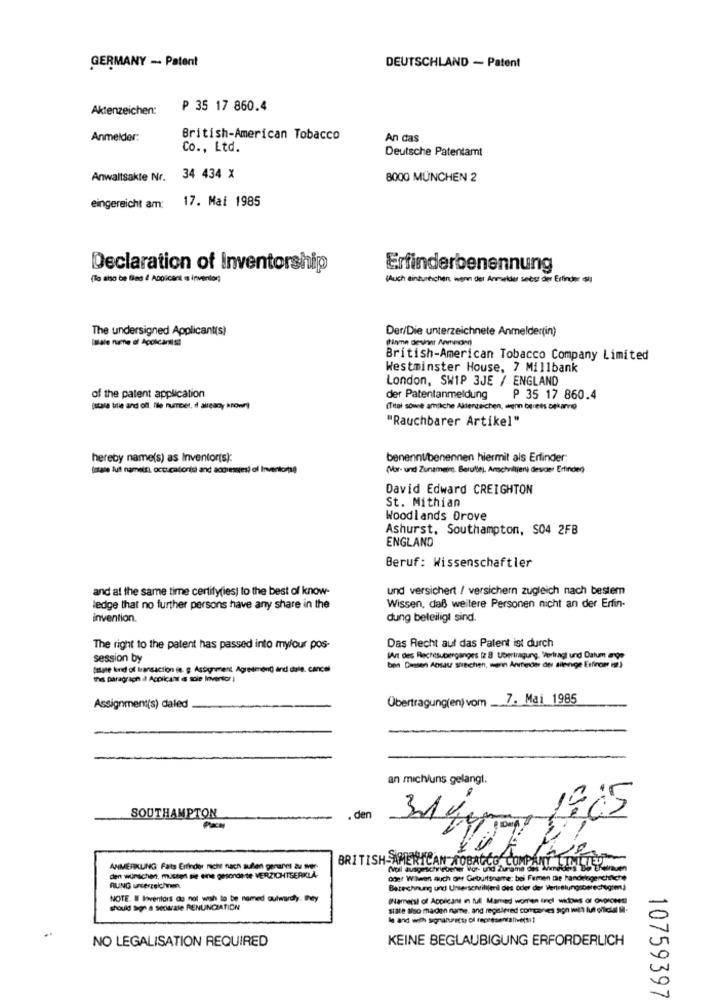
GERMANY - Patent
DEUTSCHLAND - Patent
Aktenzeichen:
₱ 35 17 860.4
Anmelder:
British-American Tobacco
An das
Co ., Ltd.
Deutsche Patentamt
Anwaltsakte Nr.
34 434 X
8000 MÜNCHEN 2
17. Mai 1985
eingereicht am:
Declaration of Inventorship
Erfinderbenennung
(lo also be Bed & Apoicant e invenlor)
(Auch einzureichen, wenn der Anmelder seès der Erfinder i)
The undersigned Applicant(s)
Der/Die unterzeichnete Anmelder(in)
Imale numne of Applicanti si
iflame destint Ammessa)
British-American Tobacco Company Limited
Westminster House, 7 Millbank
London, SWIP 3JE / ENGLAND
of the patent application
der Patentanmeldung
P 35 17 860.4
pstale tillie and off, lile number, d already known)
(Titel sowie amiche Aktenzeichen, wem berets bekarno
"Rauchbarer Artikel"
hereby name(s) as Inventor(s):
benennubenennen hiermit als Erfinder:
totale lul nameis), occupationisi and acdiemies) of Inventors)
(Vor- und Zunameine. Berulles Anschriftjeni devoer Erfinden)
David Edward CREIGHTON
St. Mithian
Woodlands Drove
Ashurst, Southampton, S04 2FB
ENGLAND
Beruf: Wissenschaftler
and at the same time certify(ies) to the best of know-
und versichert / versichern zugleich nach bestem
ledge that no further persons have any share in the
Wissen, daß weitere Personen nicht an der Erfin-
invention.
dung beteiligt sind.
Das Recht auf das Patent ist durch
The right to the patent has passed into my/our pos-
session by
(Art des Rachesuberganges Iz 8 Ubertragung, Vertragi und Datum ange
Salate kind of transaction ie. g. Assignment AgredmenQ and dale. cancel
bpn Dassen Aosse siechen, wenn Anmelde del ailenge Erfinom in)
the paragraph dl Acciicans e sole Inventor :
Übertragung(en) vom 7. Mai 1985
Assignment(s) daled
an mich/uns gelangt.
SOUTHAMPTON
den
BRITISH AMERICAN TOBACCO COMPAN
ANMERKUNG Fats Erfinder niche nach außen genannt zu meer
Noll ausgeschriebener Vor- und Zuname d
den wünschen, museet sie enne gescnante VERZICHTSERKLA
Qdet Wilwen auch ont Geburtsna
e: bei Femen che Pandet
gerchic
RUNG unterzeichnen
Berechnung und Unserschrilllenl des oder der Vertretungsberechegten)
NOTE. Il Ivenlors do not wish to be named outwardly. they
(Nameist of Applicant in full Mamed women incl witows of ovoroses
should Sign a Seuale RENUNCIATION
siale Iso maden name, and registered concanves son mint tut official ill-
NO LEGALISATION REQUIRED
KEINE BEGLAUBIGUNG ERFORDERLICH
10759397